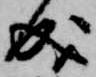
成